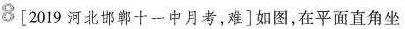
8 \left[2019河北邯郸十-中月考，难\right] 如图，在平面直角坐